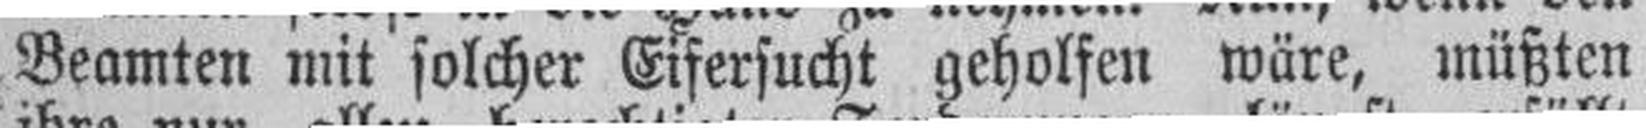
Beamten mit solcher Eifersucht geholfen wäre, müßten